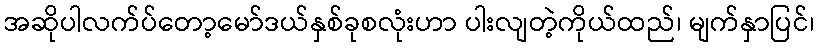
အဆိုပါလက်ပ်တော့မော်ဒယ်နှစ်ခုစလုံးဟာ ပါးလျတဲ့ကိုယ်ထည်၊ မျက်နှာပြင်၊